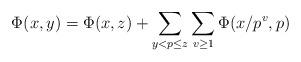
LaTeX: \begin{align*}\Phi(x,y)=\Phi(x,z)+\sum_{y<p\le z}\sum_{v\ge1}\Phi(x/p^{v},p)\end{align*}